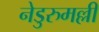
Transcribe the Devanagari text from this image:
नेडुरुमल्ली